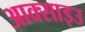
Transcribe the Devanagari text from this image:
आक्साइउ